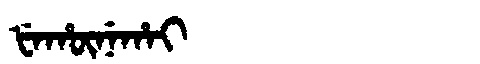
Manchu: ᡶᡝᡥᡡᠨᡝᡥᠠᡳ
Romanization: FEHŪNEHAI